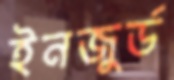
ইনজুর্ড